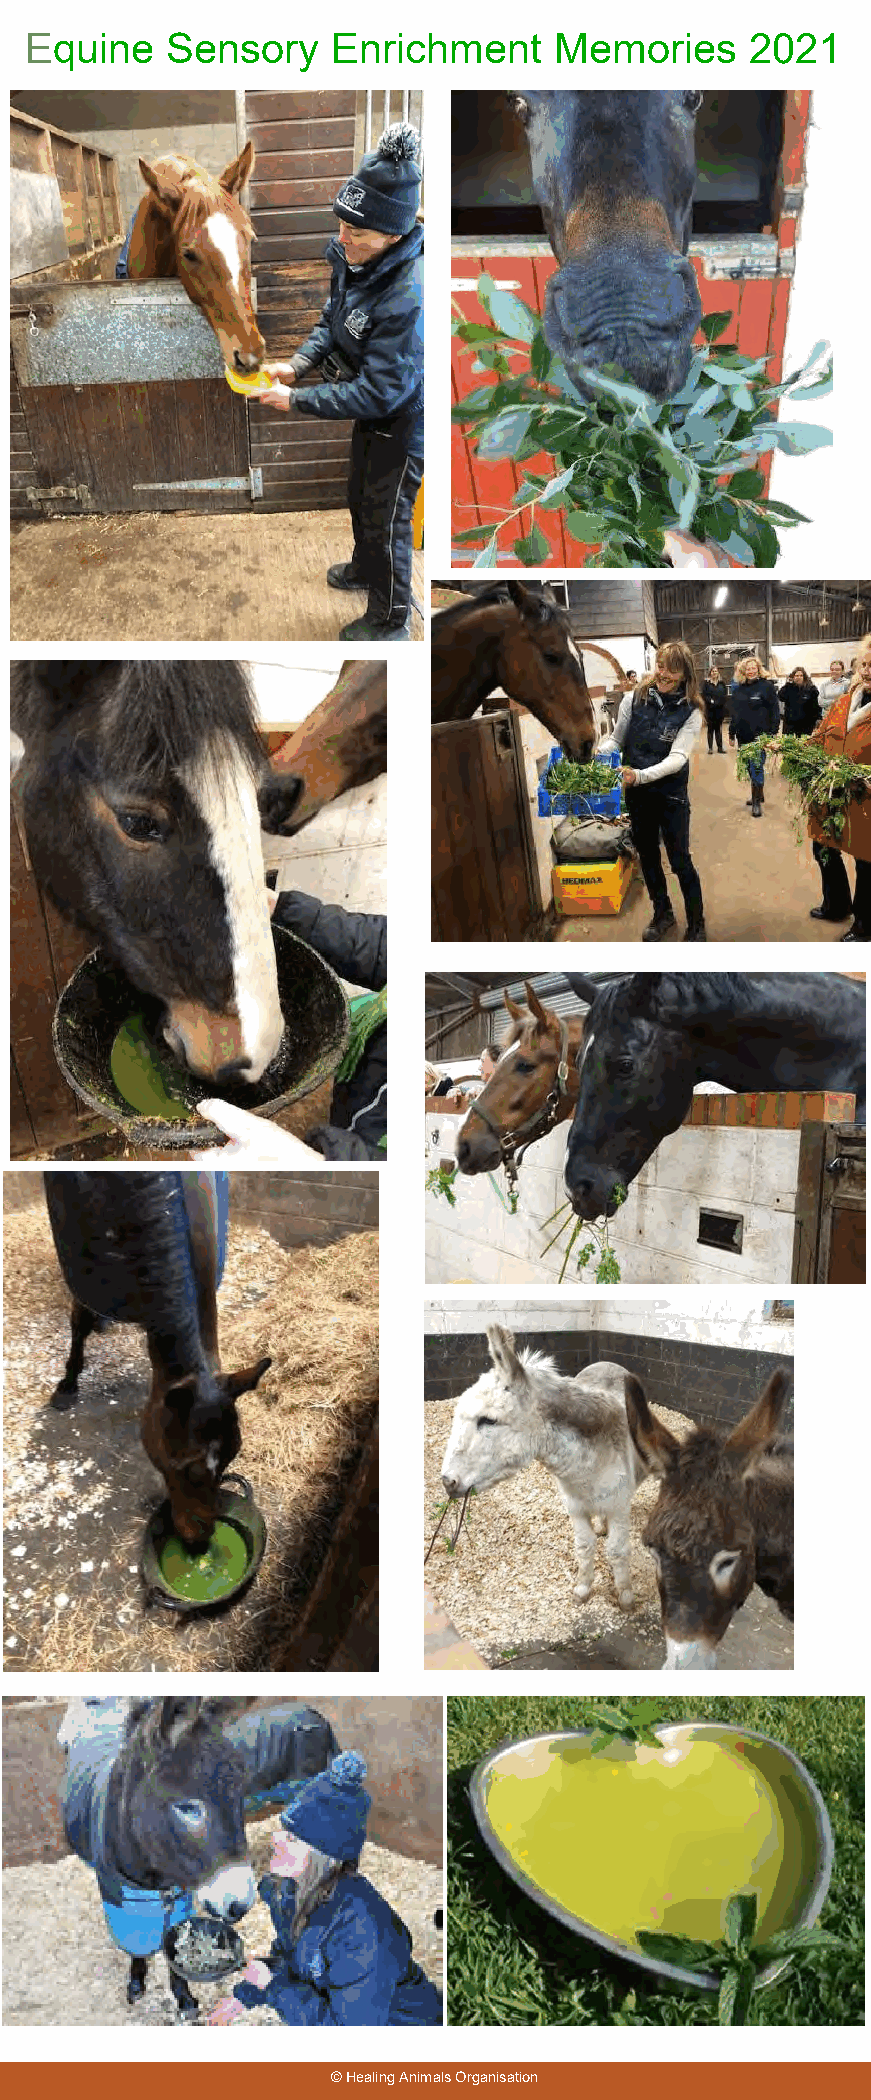
Equine   Sensory    Enrichment     Memories     2021
 © Healing Animals Organisation